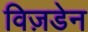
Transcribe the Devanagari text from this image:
विज़डेन